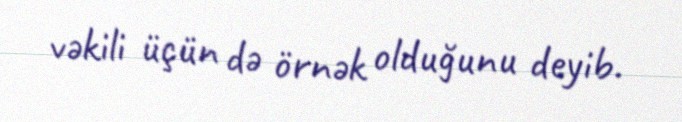
vəkili üçün də örnək olduğunu deyib.